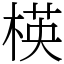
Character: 楧